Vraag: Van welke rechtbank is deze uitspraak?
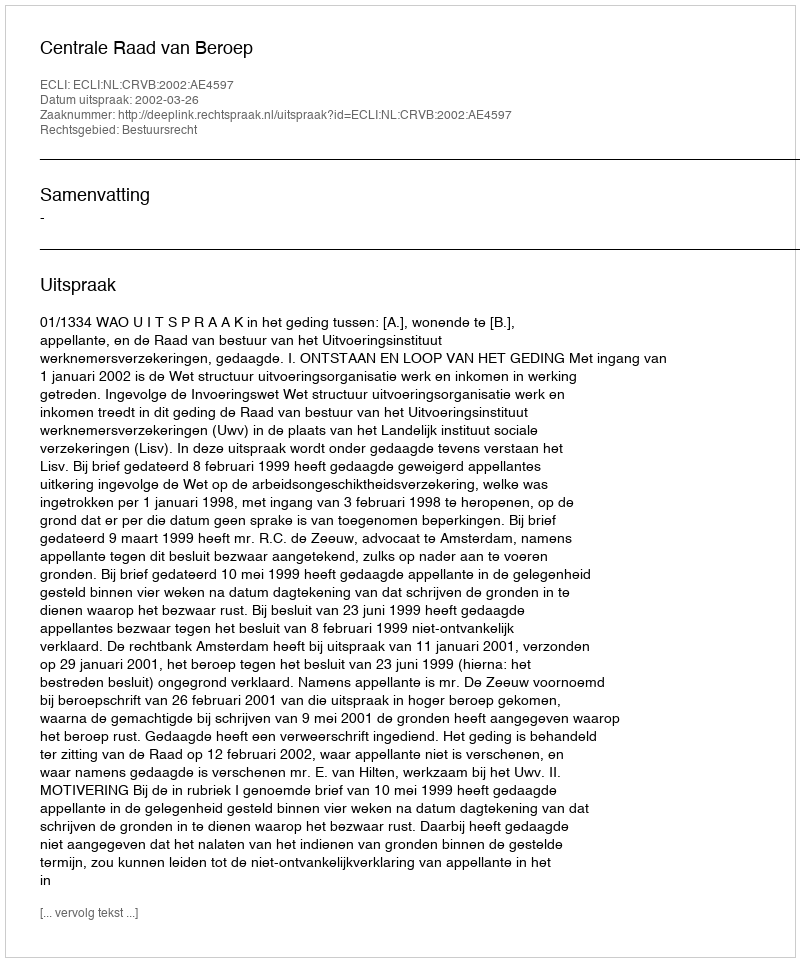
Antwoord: Centrale Raad van Beroep